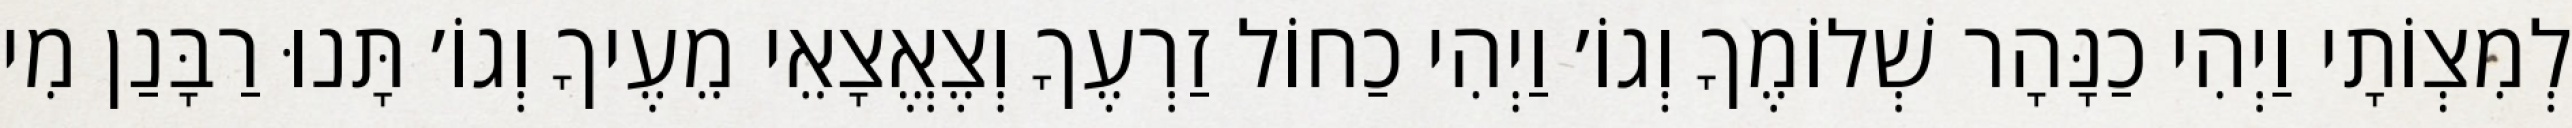
לְמִצְוֹתָי וַיְהִי כַנָּהָר שְׁלוֹמֶךָ וְגוֹ׳ וַיְהִי כַחוֹל זַרְעֶךָ וְצֶאֱצָאֵי מֵעֶיךָ וְגוֹ׳ תָּנוּ רַבָּנַן מִי